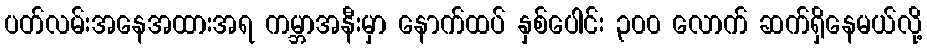
ပတ်လမ်းအနေအထားအရ ကမ္ဘာအနီးမှာ နောက်ထပ် နှစ်ပေါင်း ၃၀၀ လောက် ဆက်ရှိနေမယ်လို့